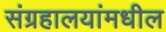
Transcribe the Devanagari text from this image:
संग्रहालयांमधील